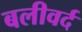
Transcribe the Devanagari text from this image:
बलीवर्द